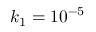
k _ { 1 } = 1 0 ^ { - 5 }